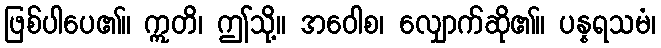
ဖြစ်ပါပေ၏။ ဣတိ၊ ဤသို့။ အဝေါစ၊ လျှောက်ဆို၏။ ပန္နရသမံ၊